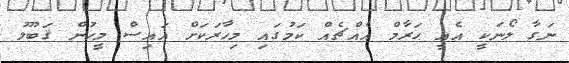
ނަގާ ލޯނަކީ އެއީ ޙަރާމް އެއްޗެއް ކަމުގައި މިހާރަކަށް އައިސް މީހުން ޤަބޫލު